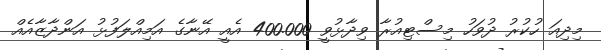
މިދިއަ ހުކުރު ދުވަހު މިސްޓިއުރާ ވިދާޅުވީ 400.000 އެއީ އޭނާގެ އަމިއްލަފުޅު އަންދާޒާއެއް